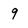
Character: 9